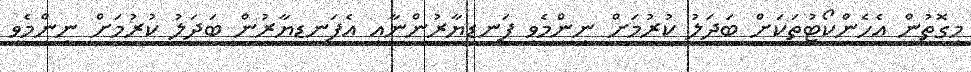
މިގޮތުން އެހެންކޯޓުތަކަށް ބަދަލު ކުރުމަށް ނިންމެވި ފަނޑިޔާރުންނާއި އެފަނޑިޔާރުން ބަދަލު ކުރުމަށް ނިންމެވި